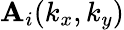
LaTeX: \mathbf{A}_{i}(k_{x},k_{y})